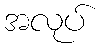
အလုပ်